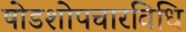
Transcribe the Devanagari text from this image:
षोडशोपचारविधि